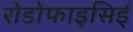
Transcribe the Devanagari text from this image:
रोडोफाइसिई